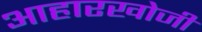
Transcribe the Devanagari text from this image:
आहारखोजी